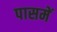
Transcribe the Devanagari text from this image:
पासमें